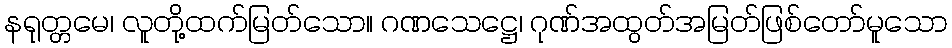
နရုတ္တမေ၊ လူတို့ထက်မြတ်သော။ ဂဏသေဋ္ဌေ၊ ဂုဏ်အထွတ်အမြတ်ဖြစ်တော်မူသော